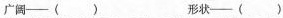
广阔—( ) 形状—( )